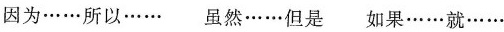
因为……所以…… 虽然……但是 如果……就……